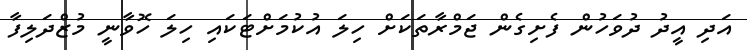
އަދި އީދު ދުވަހުން ފެށިގެން ޖަމްރާތަކަށް ހިލަ އުކުމަށްޓަކައި ހިލަ ހޮވާނީ މުޒްދަލިފާ